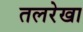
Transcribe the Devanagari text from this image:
तलरेखा